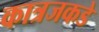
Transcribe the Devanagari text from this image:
कात्रजकडे